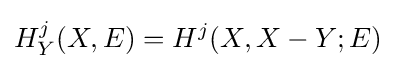
H_{Y}^{j}(X,E)=H^{j}(X,X-Y;E)